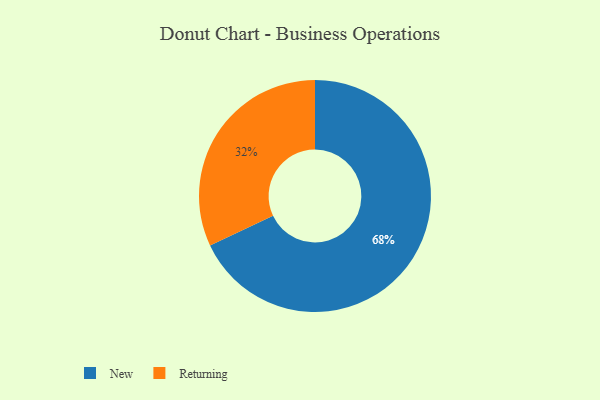
{"axis": {"x": "Category", "y": "Percentage"}, "legend": ["New", "Returning"], "data": [{"x": "Returning", "y": 32, "type": "Returning"}, {"x": "New", "y": 68, "type": "New"}]}